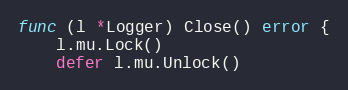
Language: Go
func (l *Logger) Close() error {
	l.mu.Lock()
	defer l.mu.Unlock()